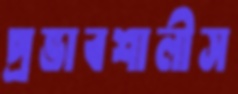
প্রভাবশালীস